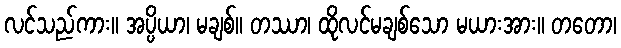
လင်သည်ကား။ အပ္ပိယာ၊ မချစ်။ တဿာ၊ ထိုလင်မချစ်သော မယားအား။ တတော၊